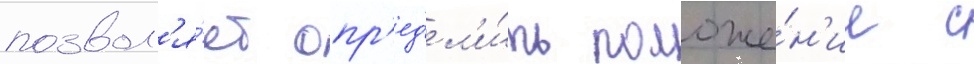
позвол'я́ет опр'ед'ел'и́ть положе́н'ие с